Civil Veterinary Department. Central Provinces & Berar 1925-31 - 1925-1931
Year: 1925
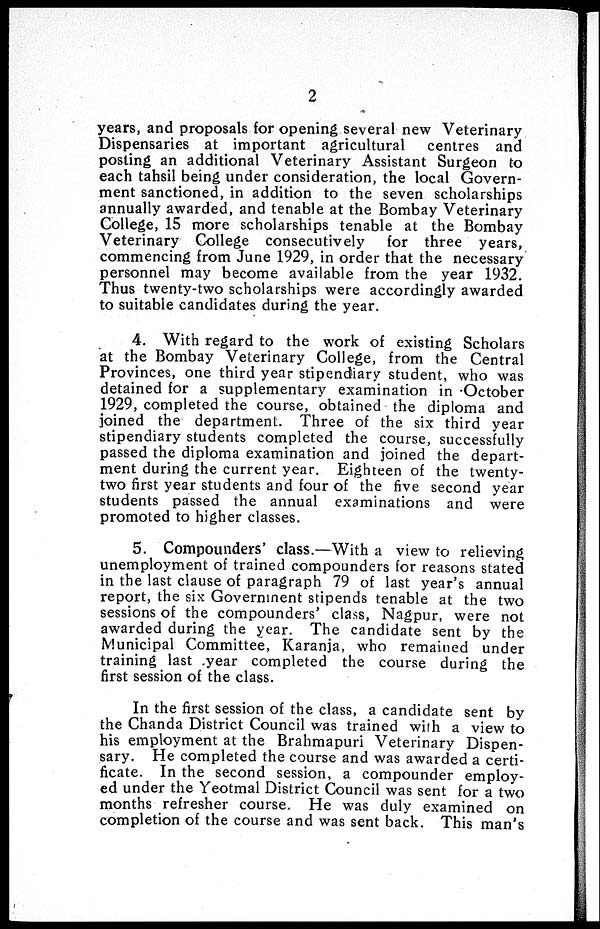
2
years, and proposals for opening several new Veterinary
Dispensaries at important agricultural
centres and
posting an additional Veterinary Assistant Surgeon to
each tahsil being under consideration, the local Govern-
ment sanctioned, in addition to the seven scholarships
annually awarded, and tenable at the Bombay Veterinary
College, 15 more scholarships tenable at the Bombay
Veterinary College consecutively
for three years,
commencing from June 1929, in order that the necessary
personnel may become available from the year 1932.
Thus twenty-two scholarships were accordingly awarded
to suitable candidates during the year.
4. With regard to the work of existing Scholars
at the Bombay Veterinary College, from the Central
Provinces, one third year stipendiary student, who was
detained for a supplementary examination in October
1929, completed the course, obtained the diploma and
joined the department. Three of the six third year
stipendiary students completed the course, successfully
passed the diploma examination and joined the depart-
ment during the current year. Eighteen of the twenty-
two first year students and four of the five second year
students passed the annual examinations and were
promoted to higher classes.
5. Compounders' class.—With a view to relieving
unemployment of trained compounders for reasons stated
in the last clause of paragraph 79 of last year's annual
report, the six Government stipends tenable at the two
sessions of the compounders' class, Nagpur, were not
awarded during the year. The candidate sent by the
Municipal Committee, Karanja, who remained under
training last year completed the course during the
first session of the class.
In the first session of the class, a candidate sent by
the Chanda District Council was trained with a view to
his employment at the Brahmapuri Veterinary Dispen-
sary. He completed the course and was awarded a certi-
ficate. In the second session, a compounder employ-
ed under the Yeotmal District Council was sent for a two
months refresher course. He was duly examined on
completion of the course and was sent back. This man's